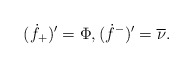
\begin{align*} (\dot{f}_{+})'=\Phi,(\dot{f}^{-})'=\overline{\nu}.\end{align*}